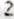
2